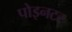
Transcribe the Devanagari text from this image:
पोइनटर